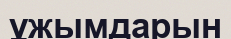
ұжымдарын